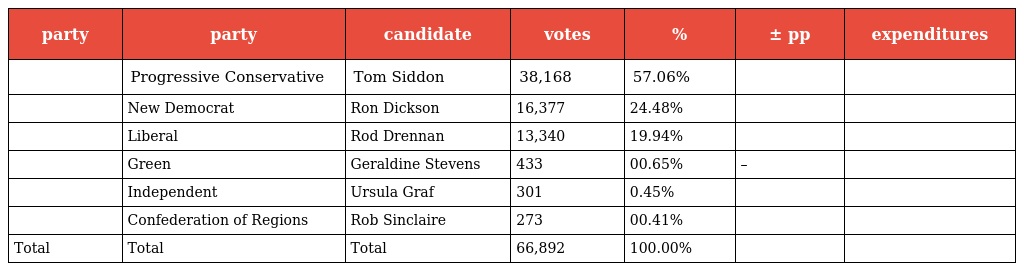
| party | party | candidate | votes | % | ± pp | expenditures |
 | --- | --- | --- | --- | --- | --- | --- |
 |  | Progressive Conservative | Tom Siddon | 38,168 | 57.06% |  |  |
 |  | New Democrat | Ron Dickson | 16,377 | 24.48% |  |  |
 |  | Liberal | Rod Drennan | 13,340 | 19.94% |  |  |
 |  | Green | Geraldine Stevens | 433 | 00.65% | – |  |
 |  | Independent | Ursula Graf | 301 | 0.45% |  |  |
 |  | Confederation of Regions | Rob Sinclaire | 273 | 00.41% |  |  |
 | Total | Total | Total | 66,892 | 100.00% |  |  |